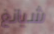
شيانغ